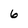
Character: 6